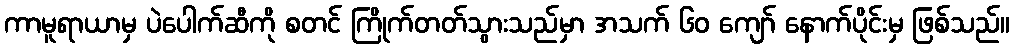
ကာမူရာယာမှ ပဲပေါက်ဆီကို စတင် ကြိုက်တတ်သွားသည်မှာ အသက် ၆၀ ကျော် နောက်ပိုင်းမှ ဖြစ်သည်။